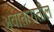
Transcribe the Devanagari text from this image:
अवातारातील